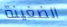
الضغينة